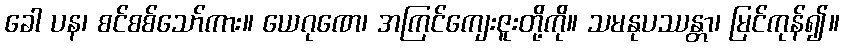
ခေါ ပန၊ စင်စစ်သော်ကား။ ယေဂုဏေ၊ အကြင်ကျေးဇူးတို့ကို။ သမနုပဿန္တာ၊ မြင်ကုန်၍။